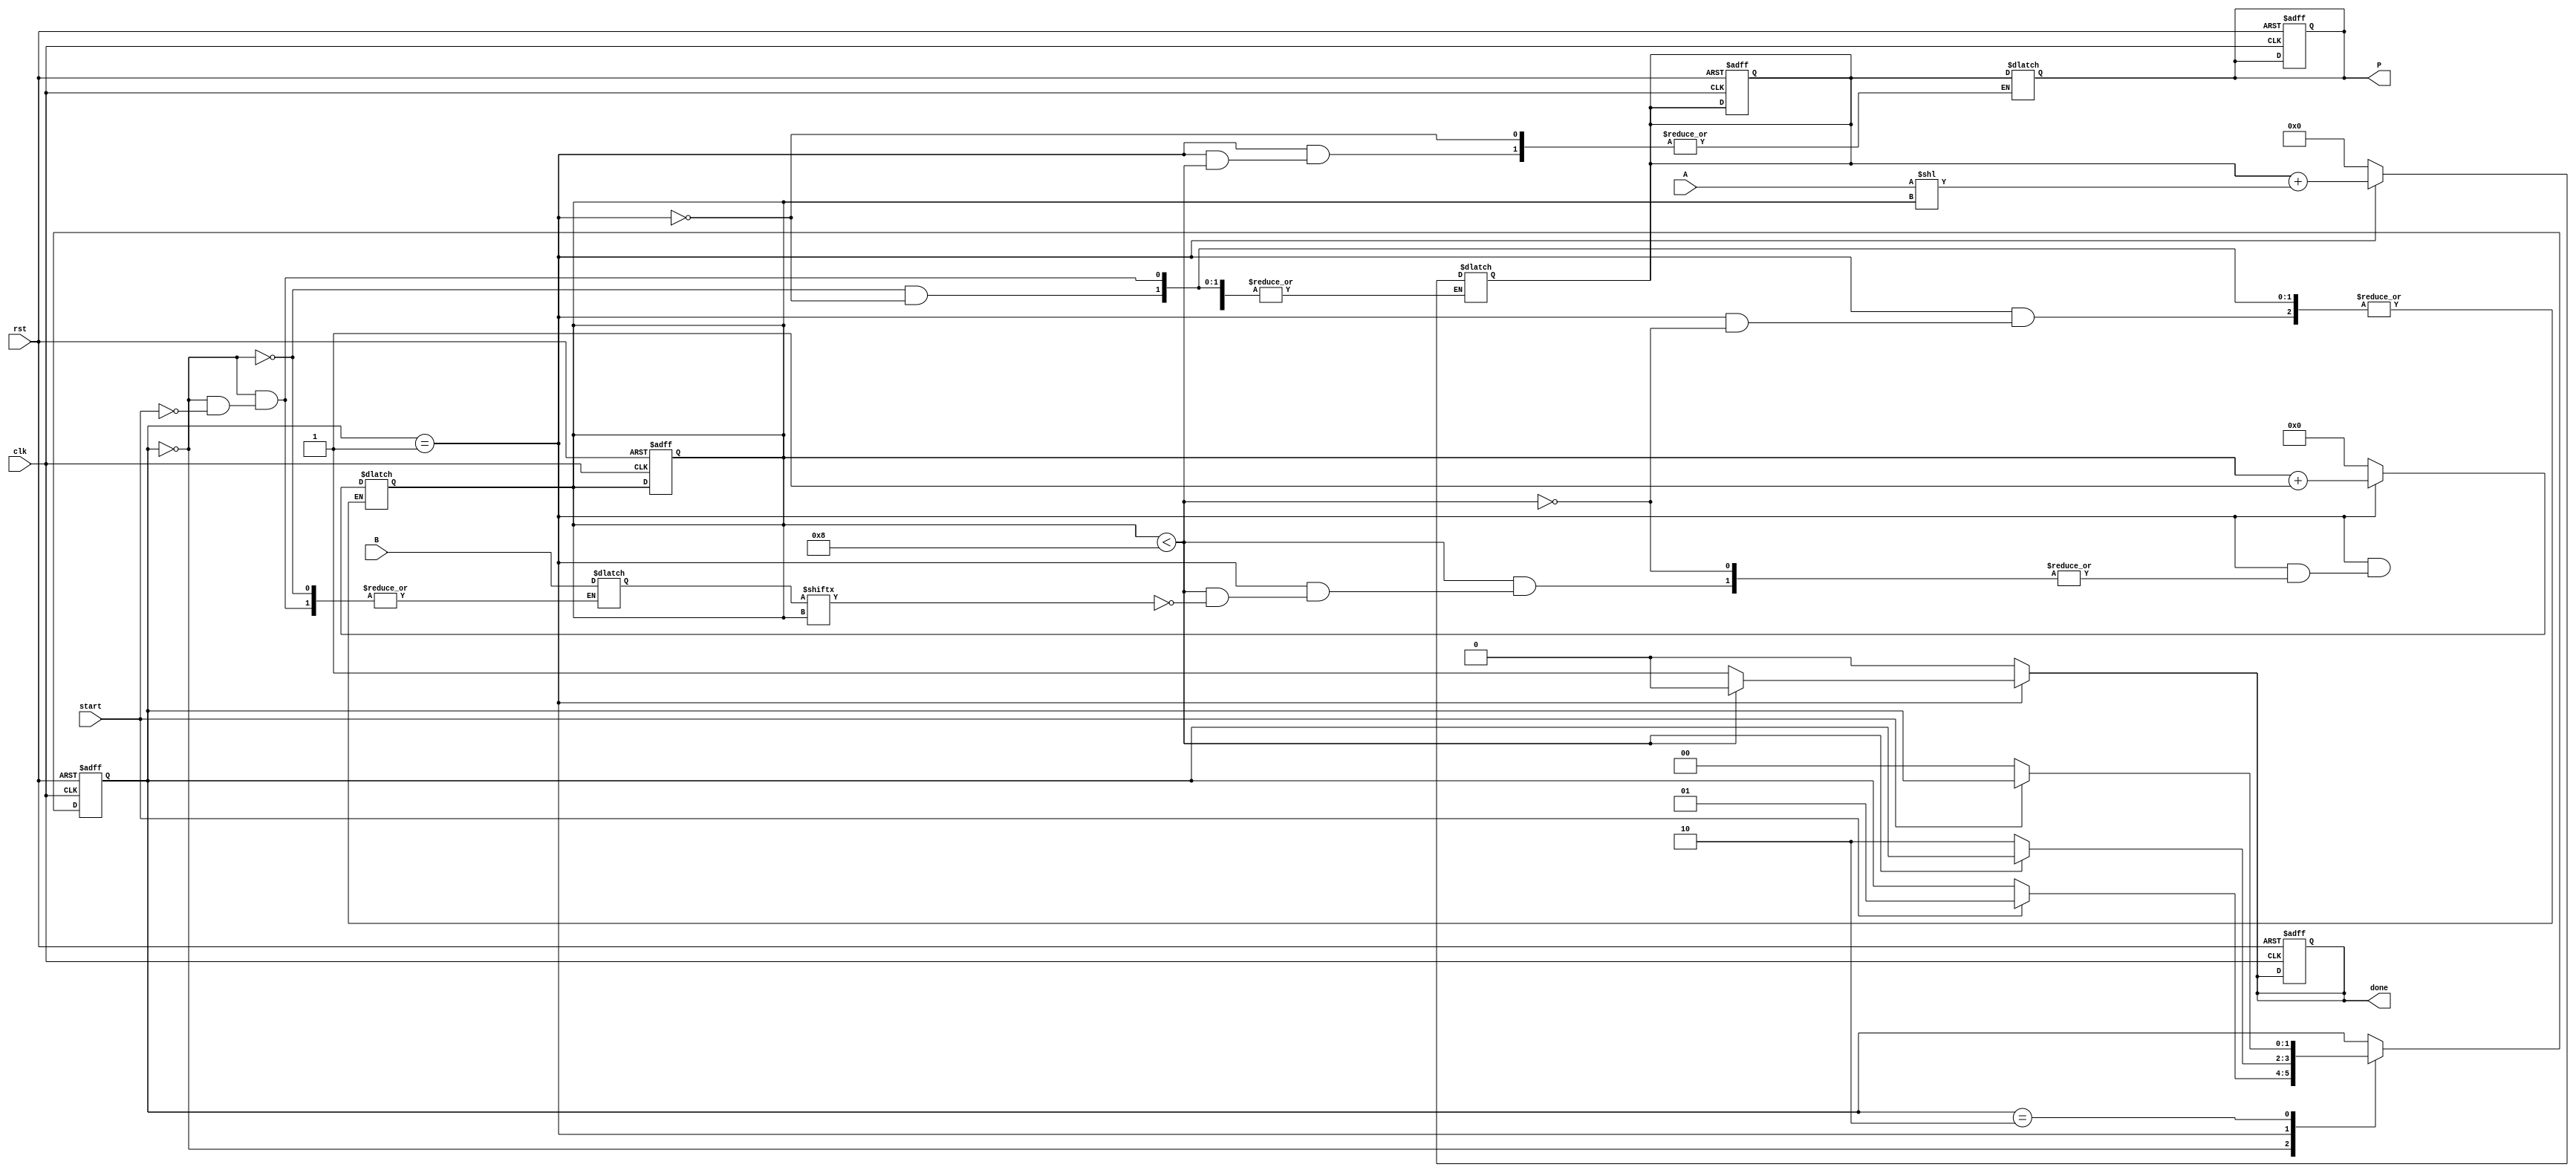
module PartialProductAccumulator #(
    parameter N = 8, // Bit width of multiplicand
    parameter M = 8  // Bit width of multiplier
)(
    input wire [N-1:0] A,       // Multiplicand
    input wire [M-1:0] B,       // Multiplier
    input wire clk,             // Clock
    input wire rst,             // Reset
    input wire start,           // Start signal
    output reg [(N+M)-1:0] P,   // Product
    output reg done             // Done signal
);

    reg [M-1:0] multiplier;      // Internal register for multiplier
    reg [(N+M)-1:0] accumulator; // Accumulator for partial products
    reg [3:0] count;             // Counter for bits processed

    // State machine states
    localparam IDLE = 2'b00,
               PROCESS = 2'b01,
               DONE = 2'b10;

    reg [1:0] state, next_state;

    // Sequential logic for state transition
    always @(posedge clk or posedge rst) begin
        if (rst) begin
            state <= IDLE;
            P <= 0;
            accumulator <= 0;
            count <= 0;
            done <= 0;
        end else begin
            state <= next_state;
        end
    end

    // Combinational logic for state machine and operations
    always @(*) begin
        next_state = state;
        done = 0;

        case (state)
            IDLE: begin
                if (start) begin
                    multiplier = B; // Load the multiplier
                    accumulator = 0; // Clear the accumulator
                    count = 0; // Reset count
                    next_state = PROCESS;
                end
            end

            PROCESS: begin
                if (count < M) begin
                    // Generate partial product
                    if (multiplier[count]) begin
                        accumulator = accumulator + (A << count); // Shift A by count
                    end
                    count = count + 1; // Increment count
                end else begin
                    P = accumulator; // Store the final product
                    done = 1; // Set done signal
                    next_state = DONE; // Move to done state
                end
            end

            DONE: begin
                if (!start) begin
                    next_state = IDLE; // Go back to idle if start is not asserted
                end
            end
        endcase
    end
endmodule